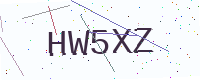
Text: HW5XZ